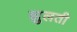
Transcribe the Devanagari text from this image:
झुलती